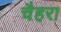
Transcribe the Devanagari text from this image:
चैहरा